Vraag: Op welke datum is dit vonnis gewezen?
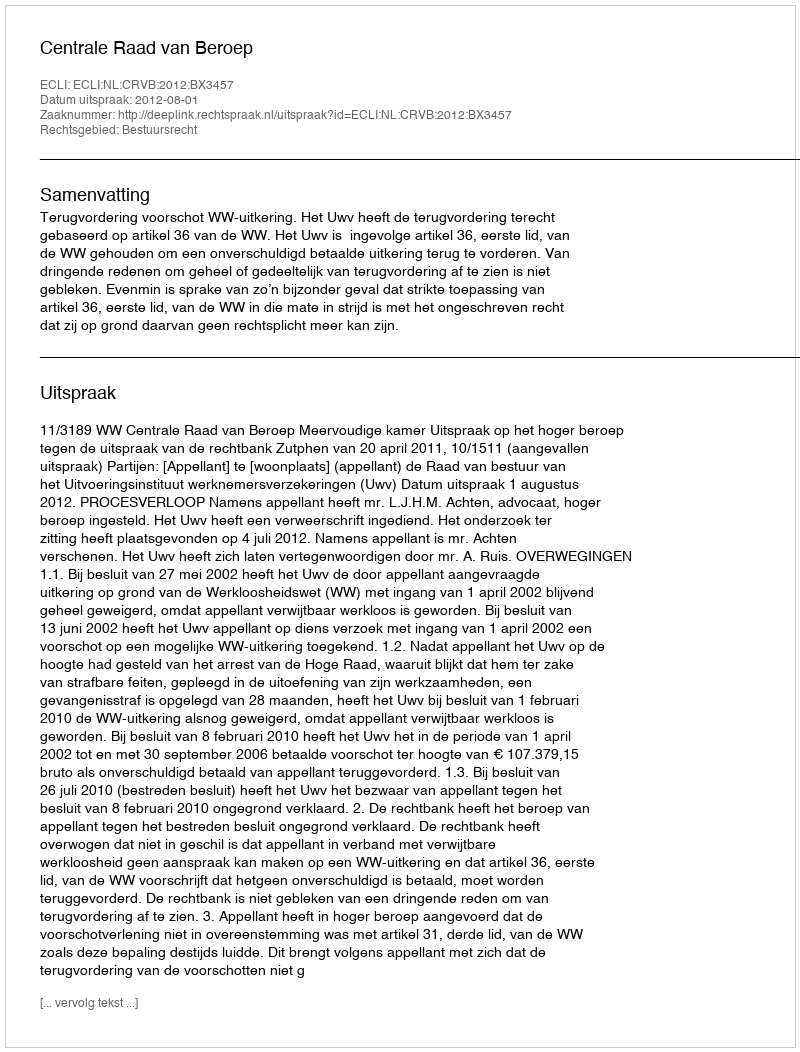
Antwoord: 2012-08-01